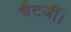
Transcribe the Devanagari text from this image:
चैटर्जी।